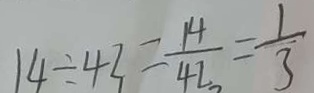
1 4 \div 4 3 = \frac { 1 4 } { 4 2 } = \frac { 1 } { 3 }